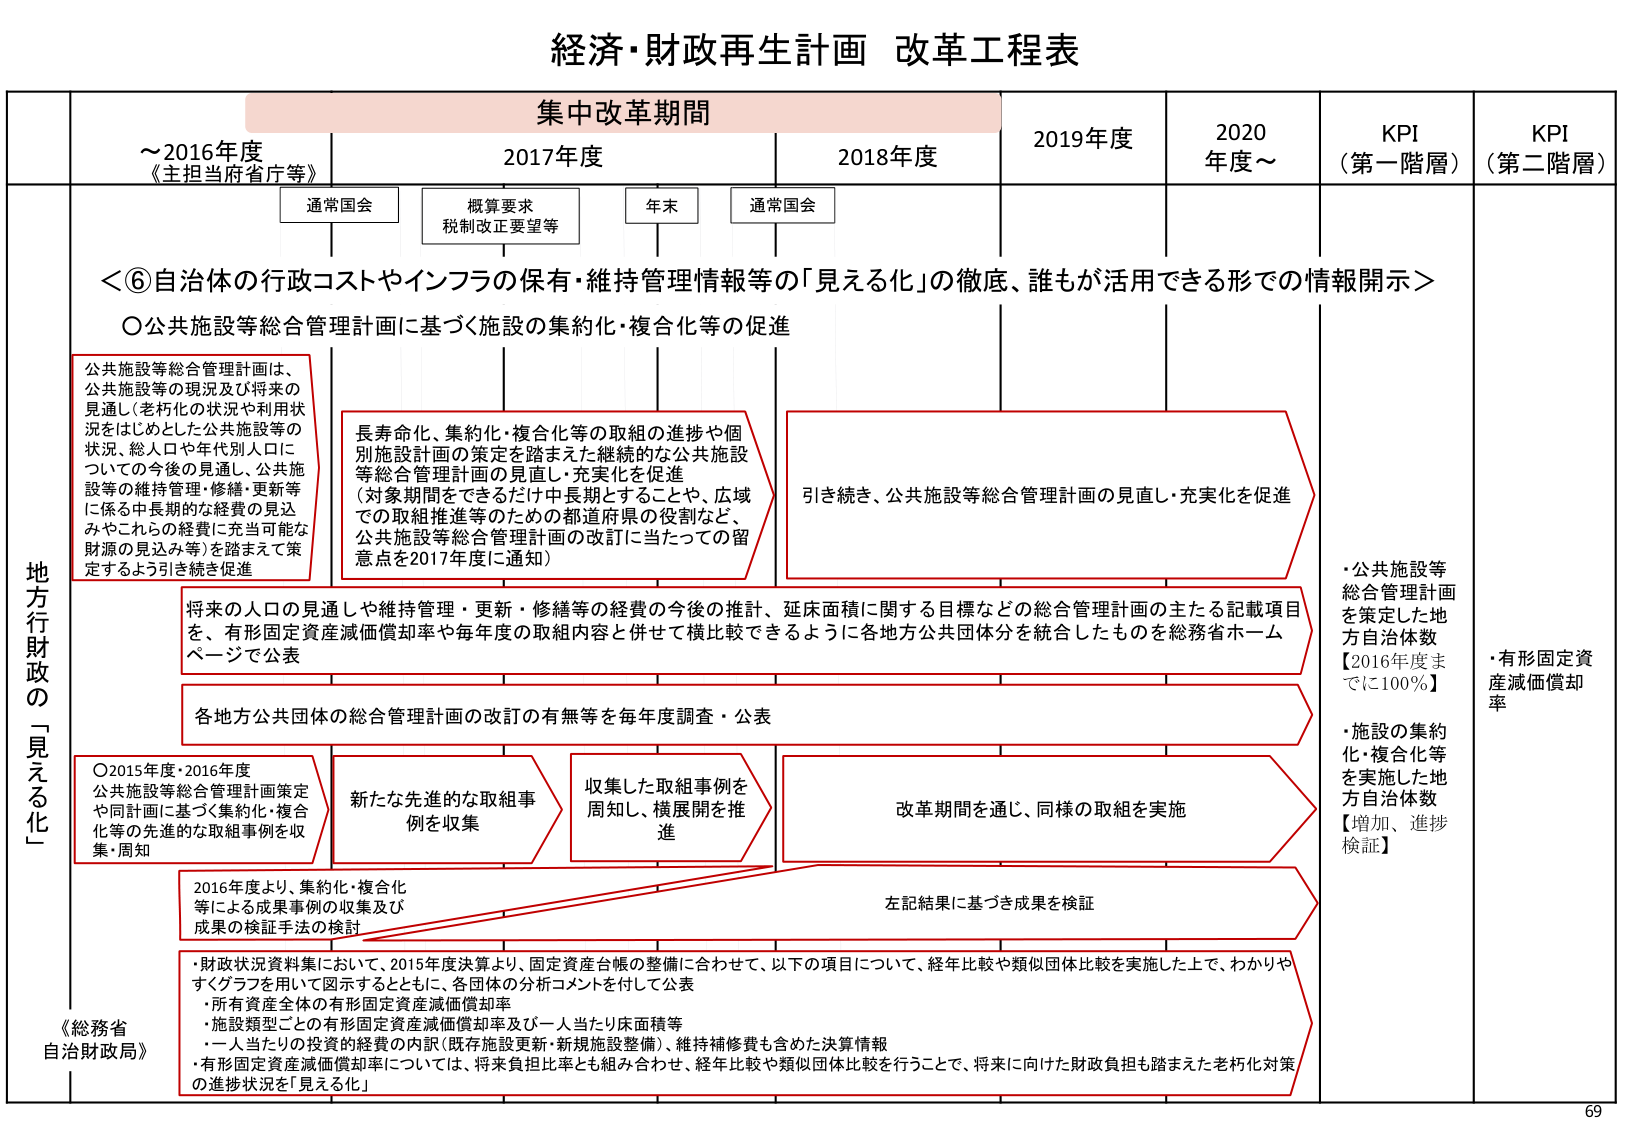
経済・財政再生計画 改革工程表

集中改革期間
～2016年度 《主担当府省庁等》
2017年度
2018年度
2019年度
2020年度～
KPI（第一階層）
KPI（第二階層）

通常国会
概算要求
税制改正要望等
年末
通常国会

＜⑥自治体の行政コストやインフラの保有・維持管理情報等の「見える化」の徹底、誰もが活用できる形での情報開示＞

○公共施設等総合管理計画に基づく施設の集約化・複合化等の促進

公共施設等総合管理計画は、公共施設等の現況及び将来の見通し（老朽化の状況や利用状況をはじめとした公共施設等の状況、総人口や年代別人口についての今後の見通し、公共施設等の維持管理・修繕・更新等に係る中長期的な経費の見込みやこれらの経費に充当可能な財源の見込み等）を踏まえて策定するよう引き続き促進

長寿命化、集約化・複合化等の取組の進捗や個別施設計画の策定を踏まえた継続的な公共施設等総合管理計画の見直し・充実化を促進（対象期間をできるだけ中長期とすることや、広域での取組推進等のための都道府県の役割など、公共施設等総合管理計画の改訂に当たっての留意点を2017年度に通知）

引き続き、公共施設等総合管理計画の見直し・充実化を促進

将来の人口の見通しや維持管理・更新・修繕等の経費の今後の推計、延床面積に関する目標などの総合管理計画の主たる記載項目を、有形固定資産減価償却率や毎年度の取組内容と併せて横比較できるように各地方公共団体分を統合したものを総務省ホームページで公表

各地方公共団体の総合管理計画の改訂の有無等を毎年度調査・公表

○2015年度・2016年度
公共施設等総合管理計画策定や同計画に基づく集約化・複合化等の先進的な取組事例を収集・周知

新たな先進的な取組事例を収集

収集した取組事例を周知し、横展開を推進

改革期間を通じ、同様の取組を実施

2016年度より、集約化・複合化等による成果事例の収集及び成果の検証手法の検討

左記結果に基づき成果を検証

《総務省 自治財政局》

・財政状況資料において、2015年度決算より、固定資産台帳の整備に合わせて、以下の項目について、経年比較や類似団体比較を実施した上で、わかりやすくグラフを用いて図示するとともに、各団体の分析コメントを付して公表
・所有資産全体の有形固定資産減価償却率
・施設類型ごとの有形固定資産減価償却率及び一人当たり床面積等
・一人当たりの投資の経費の内訳（既存施設更新・新規施設整備）、維持補修費も含めた決算情報
・有形固定資産減価償却率については、将来負担比率とも組み合わせ、経年比較や類似団体比較を行うことで、将来に向けた財政負担も踏まえた老朽化対策の進捗状況を「見える化」

・公共施設等総合管理計画を策定した地方自治体数【2016年度までに100％】
・施設の集約化・複合化等を実施した地方自治体数【増加、進捗検証】
・有形固定資産減価償却率

地方財政の「見える化」

69